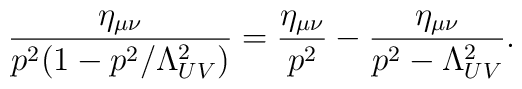
\frac{\eta_{\mu \nu}}{p^2 (1 - p^2/\Lambda_{UV}^2)} = \frac{\eta_{\mu \nu}}{p^2} - \frac{\eta_{\mu \nu}}{p^2 -  \Lambda_{UV}^2}.